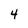
Character: 4